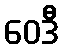
ဝေဒီ